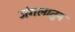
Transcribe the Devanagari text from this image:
जंगलातुन